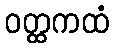
ဝတ္ထကထံ